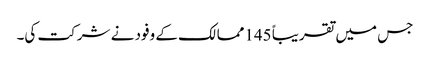
جس میں تقریباً 145ممالک کے وفود نے شرکت کی۔